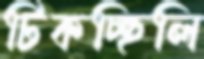
টিকচ্ছিলি